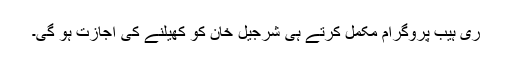
ری ہیب پروگرام مکمل کرتے ہی شرجیل خان کو کھیلنے کی اجازت ہو گی۔